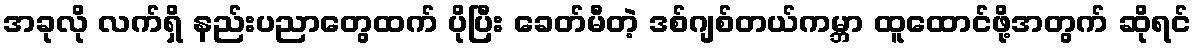
အခုလို လက်ရှိ နည်းပညာတွေထက် ပိုပြီး ခေတ်မီတဲ့ ဒစ်ဂျစ်တယ်ကမ္ဘာ ထူထောင်ဖို့အတွက် ဆိုရင်